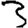
Digit: 3